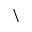
\backslash